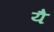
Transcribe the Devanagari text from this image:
येै